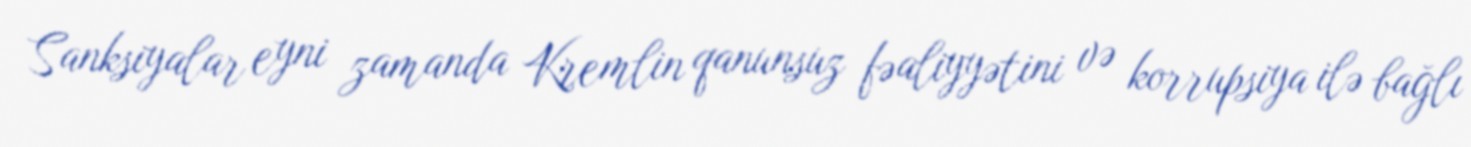
Sanksiyalar eyni zamanda Kremlin qanunsuz fəaliyyətini və korrupsiya ilə bağlı